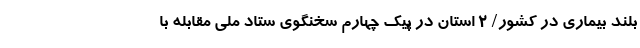
بلند بیماری در کشور/ 2 استان در پیک چهارم سخنگوی ستاد ملی مقابله با